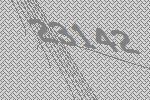
23142